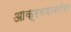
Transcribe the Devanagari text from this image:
आक्रमणाबरोबर